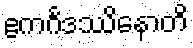
ဧကင်္ဂဒဿိနောတိ